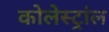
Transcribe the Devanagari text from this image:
कोलेस्ट्रांल